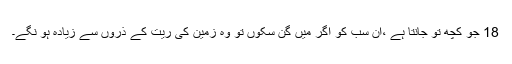
18 جو کچھ تو جانتا ہے ،اُن سب کو اگر میں گِن سکوں تو وہ زمین کی ریت کے ذرّوں سے زیادہ ہو نگے۔